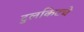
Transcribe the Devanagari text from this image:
टुलकिटचे